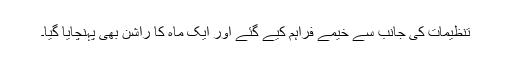
تنظیمات کی جانب سے خیمے فراہم کیے گئے اور ایک ماہ کا راشن بھی پہنچایا گیا۔